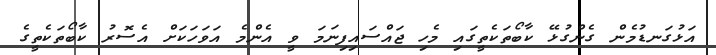
އަޅުގަނޑުމެން ގެންގުޅޭ ކާބޯތަކެތީގައި މެހި ޖައްސައިފިނަމަ ވީ އެންމެ އަވަހަކަށް އެސޮރު ކާބޯތަކެތީގެ